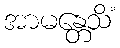
အာမန္တေသိံ